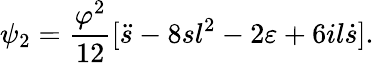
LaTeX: \psi_{2}=\frac{\varphi^{2}}{12}[\ddot{s}-8sl^{2}-2\varepsilon+6il\dot{s}].